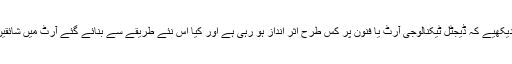
آج کے کلک میں دیکھیے کہ ڈيجٹل ٹیکنالوجی آرٹ یا فنون پر کس طرح اثر انداز ہو رہی ہے اور کیا اس نئے طریقے سے بنائے گئے آرٹ میں شائقین دلچسپی لیں گے؟